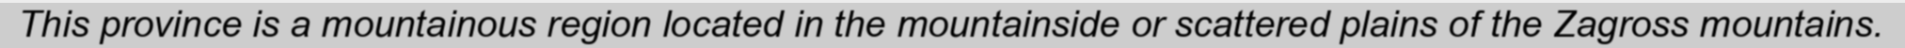
This province is a mountainous region located in the mountainside or scattered plains of the Zagross mountains.